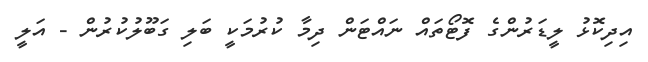
އިދިކޮޅު ލީޑަރުންގެ ފޮޓޯތައް ނައްޓަން ދިމާ ކުރުމަކީ ބަލި ގަބޫލުކުރުން - އަލީ